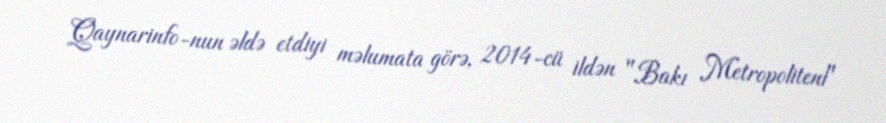
Qaynarinfo-nun əldə etdiyi məlumata görə, 2014-cü ildən "Bakı Metropoliteni"